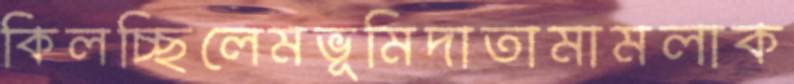
কিলচ্ছিলেমভূমিদাতামামলাক